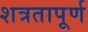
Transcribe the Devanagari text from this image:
शत्रतापूर्ण